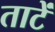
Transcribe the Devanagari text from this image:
ताटें